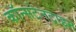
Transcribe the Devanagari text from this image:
कॉन्सटेनटाइन